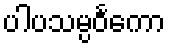
ပါပသမ္ပဝင်္ကော